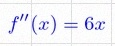
f''(x)=6x